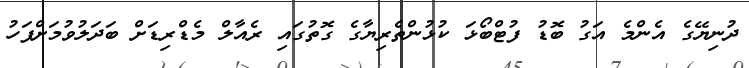
ދުނިޔޭގެ އެންމެ އަގު ބޮޑު ފުޓްބޯޅަ ކުޅުންތެރިޔާގެ ގޮތުގައި ރެއާލް މެޑްރިޑަށް ބަދަލުވުމަށްފަހު